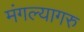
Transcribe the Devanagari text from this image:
मंगल्यागरु